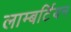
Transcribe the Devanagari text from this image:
लाम्बर्टियन